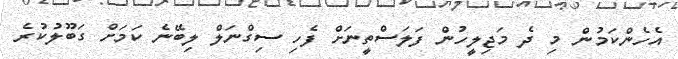
އެހެންކަމުން މި ދެ މަޖިލީހުން ފަލަސްތީނަށް ފެހި ސިގްނަލް ލިބޭނެ ކަމަށް ގަބޫލުކުރެ